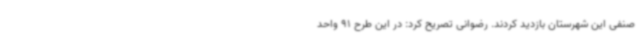
صنفی این شهرستان بازدید کردند. رضوانی تصریح کرد: در این طرح 91 واحد